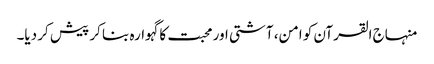
منہاج القرآن کو امن، آشتی اور محبت کا گہوارہ بنا کر پیش کر دیا۔